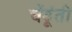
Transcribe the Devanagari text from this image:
चेंडूंती